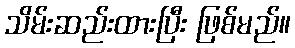
သိမ်းဆည်းထားပြီး ဖြစ်မည်။